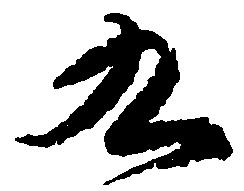
九